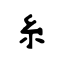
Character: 糸